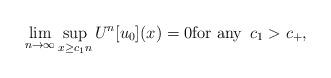
LaTeX: \begin{align*}\lim_{n\to\infty} \sup_{x\geq c_1n} U^n[u_0](x)=0\hbox{for any } \,c_1> c_+,\end{align*}